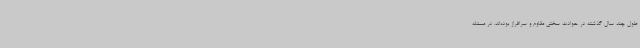
طول چند سال گذشته در حوادث سختی مقاوم و سرافراز بوده‌اند. در مسئله